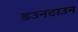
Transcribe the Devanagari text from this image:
डउनटाउन